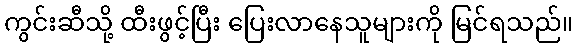
ကွင်းဆီသို့ ထီးဖွင့်ပြီး ပြေးလာနေသူများကို မြင်ရသည်။